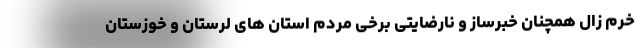
خرم زال همچنان خبرساز و نارضایتی برخی مردم استان های لرستان و خوزستان